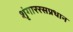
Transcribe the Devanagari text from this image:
शृंगाररसप्रधान